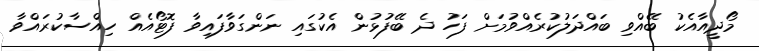
މޯދީއާއެކު ބޭއްވި ބައްދަލުކުރެއްވުމަށް ފަހު ދެ ބޭފުޅުން އެކުގައި ނަންގަވާފައިވާ ފޮޓޯއެއް ހިއްސާކުރައްވާ